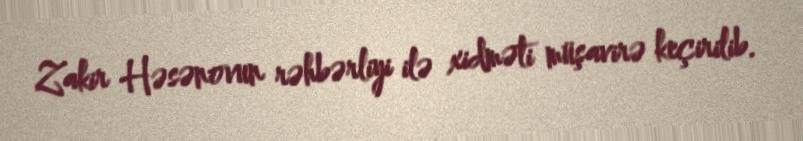
Zakir Həsənovun rəhbərliyi ilə xidməti müşavirə keçirilib.